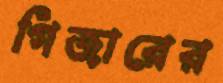
গিজারের